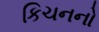
કિચનનો